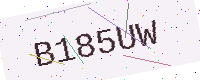
Text: B185UW